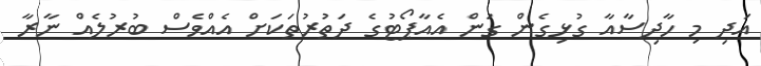
އަދި މި ހާދިސާއާ ގުޅިގެން ގަން އެއާޕޯޓުގެ ދަތުރުތަކަށް އެއްވެސް ބުރުލެއް ނާރާ